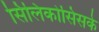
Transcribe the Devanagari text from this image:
सिलिकोसिसके